system: You are a helpful assistant.
user:
Analyze the provided spectrum to determine if it is a **White Dwarf (WD)**.

A White Dwarf spectrum is defined by its **extreme purity** (due to gravitational settling) and/or **extreme pressure broadening** (due to high surface gravity). You must check for one of the following mutually exclusive signatures:

- **Key Visual Indicators (Check for ONE of these types):**

    - **1. DA-Type Signature (Most Common):**
        - **(Primary Feature):** Extreme pressure broadening (Stark broadening) of the **Hydrogen (H) Balmer lines**.
        - **(Key Lines):** $H\beta$ (approx. $4861$ Å) and $H\gamma$ (approx. $4340$ Å). $H\alpha$ (approx. $6563$ Å) will also be present if the wavelength range covers it.
        - **(Line Profile):** This is the **defining feature**. The lines are **NOT** sharp. They appear as massive, **extremely broad and deep "troughs" or "dips"** in the spectrum, often hundreds of Ångströms wide. The continuum will appear to "scoop" down at these wavelengths.
        - **(Distinction):** Normal A-type or B-type stars have *narrow* and *sharp* Hydrogen lines. A DA White Dwarf's lines are unmistakably "smeared" or "blurry" from pressure.

    - **2. DB-Type Signature:**
        - **(Primary Feature):** Broad absorption lines from **Neutral Helium (He I)**. The spectrum must lack any visible Hydrogen lines.
        - **(Key Lines):** Look for broad absorption near $4471$ Å, $4921$ Å, and $5876$ Å.
        - **(Line Profile):** These lines are also significantly pressure-broadened, appearing much wider than they would in a normal B-type main-sequence star.

    - **3. DC-Type Signature:**
        - **(Primary Feature):** A **featureless continuous spectrum**.
        - **(Line Profile):** The spectrum is a smooth curve with **no significant absorption or emission lines**.
        - **(Key Confirmation):** The continuum is almost always **blue or white**, indicating a hot object. This signature implies the atmosphere is so pure (or so cool) that no spectral lines are visible in the optical range. Its WD identity is confirmed by its extremely low intrinsic brightness (high absolute magnitude).

    - **4. DZ-Type Signature (Metal-Polluted):**
        - **(Primary Feature):** **Isolated, narrow metal absorption lines** on an otherwise featureless (DC-like) continuum.
        - **(Key Lines):** The **Calcium (Ca II) H & K doublet** (approx. **$3934$ Å** and **$3968$ Å**) is the most common and defining feature.
        - **(Line Profile):** These lines are "out of place." They are *not* part of a "forest" of thousands of lines. This signature is evidence of recent *accretion* (pollution) from rocky debris.
        - **(Distinction):** Normal G/K/M stars have a *dense forest* of thousands of metal lines. A DZ has a *clean* continuum with *only a few* strong metal lines.

    - **5. DQ-Type Signature (Carbon-Polluted):**
        - **(Primary Feature):** Absorption bands from **Carbon (C₂ "Swan Bands" or atomic C I)**.
        - **(Key Lines - C₂):** Look for bandheads with a "saw-tooth" shape near $5635$ Å, **$5165$ Å** (strongest), and $4737$ Å.
        - **(Key Confirmation):** The underlying **continuum must be blue or white** (hot).
        - **(Distinction):** This is the critical difference from a **Carbon Star**, which has the *exact same* C₂ bands but on an extremely **red, cool** continuum.

- **(Overall Spectrum):**
    - The continuum (overall shape) is typically **blue-sloping** (brighter in the blue than the red), as most white dwarfs are very hot.
    - The spectrum will look "pure" or "simple," dominated by only *one* of the five signatures listed above.

Think first, call **spectral_visualization_tool** if needed to examine features in detail, then provide your final answer. Your response must adhere to the following strict rules:
1.  **Overall Structure:** Your response must follow the format `<think>...</think> <tool_call>...</tool_call> (if a tool is used) <answer>...</answer>`.
2.  **Tool Usage Constraint:** You may only make **one** tool call per turn.
3.  **Final Answer Format:** In the `<answer>` tag, your conclusion must be inside a `\boxed{}` command (e.g., `\boxed{YES}` or `\boxed{NO}`), followed by your justification.

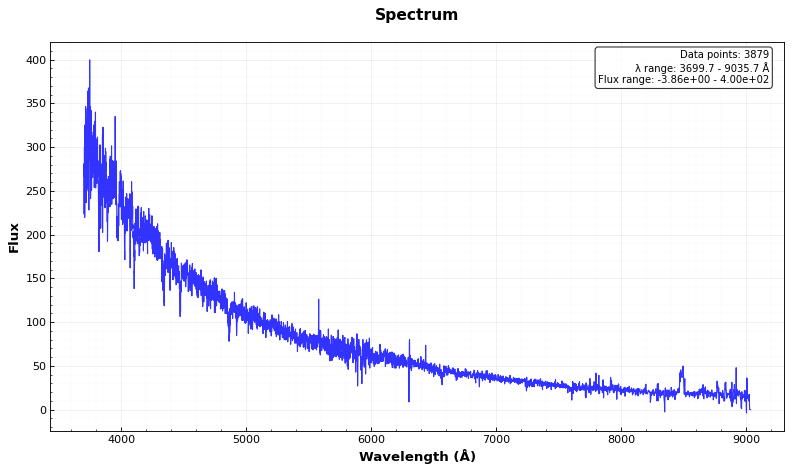
Answer: YES